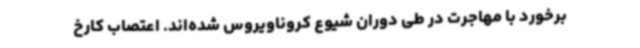
برخورد با مهاجرت در طی دوران شیوع کروناویروس شده‌اند. اعتصاب کارخ